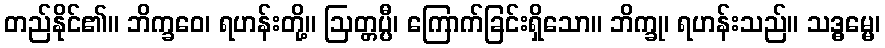
တည်နိုင်၏။ ဘိက္ခဝေ၊ ရဟန်းတို့။ ဩတ္တပ္ပီ၊ ကြောက်ခြင်းရှိသော။ ဘိက္ခု၊ ရဟန်းသည်။ သဒ္ဓမ္မေ၊